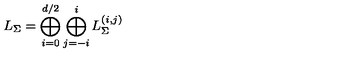
L _ { \Sigma } = \bigoplus _ { i = 0 } ^ { d / 2 } \bigoplus _ { j = - i } ^ { i } L _ { \Sigma } ^ { ( i , j ) }